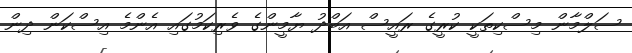
ސަލްމާން މިސްކިތަކީ ކުރީގެ ރައީސް އަބްދު ޔާމީންގެ ވެރިކަމުގައި އެންމެ އިސްކަން ދިން